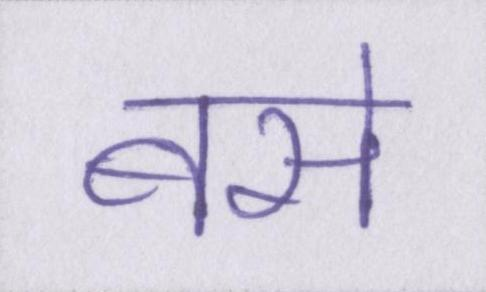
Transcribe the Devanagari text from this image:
बसे